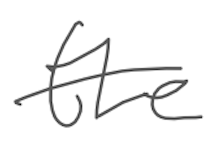
Text: the
Cross-out: single-line
Writing tool: digital_gray